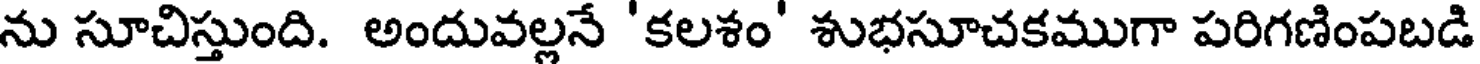
ను సూచిస్తుంది. అందువల్లనే 'కలశం' శుభసూచకముగా పరిగణింపబడి